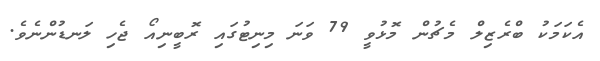
އެކަމަކު ބްރެޒިލް މެޗުން މޮޅުވީ 79 ވަނަ މިނިޓުގައި ރޮބީނިއޯ ޖެހި ލަނޑުންނެވެ.